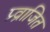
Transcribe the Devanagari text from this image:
प्र्व्राजित